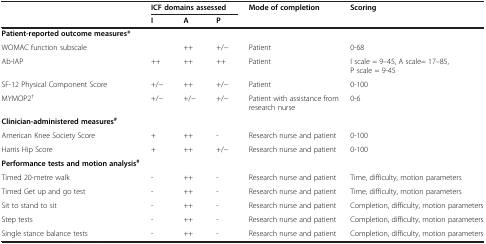
<table><thead><tr><td><b> </b></td><td colspan="3"><b>ICF domains assessed</b></td><td><b>Mode of completion</b></td><td><b>Scoring</b></td></tr><tr><td><b> </b></td><td><b>I</b></td><td><b>A</b></td><td><b>P</b></td><td><b> </b></td><td><b> </b></td></tr></thead><tbody><tr><td><b>Patient-reported outcome measures*</b></td><td> </td><td> </td><td> </td><td> </td><td> </td></tr><tr><td>WOMAC function subscale</td><td> </td><td>++</td><td>+/−</td><td>Patient</td><td>0-68</td></tr><tr><td>Ab-IAP</td><td>++</td><td>++</td><td>++</td><td>Patient</td><td>I scale = 9–45, A scale= 17–85, P scale = 9-45</td></tr><tr><td>SF-12 Physical Component Score</td><td>+/−</td><td>++</td><td>+/−</td><td>Patient</td><td>0-100</td></tr><tr><td>MYMOP2<sup>†</sup></td><td>+/−</td><td>+/−</td><td>+/−</td><td>Patient with assistance from research nurse</td><td>0-6</td></tr><tr><td><b>Clinician-administered measures</b><sup><b>#</b></sup></td><td> </td><td> </td><td> </td><td> </td><td> </td></tr><tr><td>American Knee Society Score</td><td>+</td><td>++</td><td>-</td><td>Research nurse and patient</td><td>0-100</td></tr><tr><td>Harris Hip Score</td><td>+</td><td>++</td><td>+/−</td><td>Research nurse and patient</td><td>0-100</td></tr><tr><td><b>Performance tests and motion analysis</b><sup><b>#</b></sup></td><td> </td><td> </td><td> </td><td> </td><td> </td></tr><tr><td>Timed 20-metre walk</td><td>-</td><td>++</td><td>-</td><td>Research nurse and patient</td><td>Time, difficulty, motion parameters</td></tr><tr><td>Timed Get up and go test</td><td>-</td><td>++</td><td>-</td><td>Research nurse and patient</td><td>Time, difficulty, motion parameters</td></tr><tr><td>Sit to stand to sit</td><td>-</td><td>++</td><td>-</td><td>Research nurse and patient</td><td>Completion, difficulty, motion parameters</td></tr><tr><td>Step tests</td><td>-</td><td>++</td><td>-</td><td>Research nurse and patient</td><td>Completion, difficulty, motion parameters</td></tr><tr><td>Single stance balance tests</td><td>-</td><td>++</td><td>-</td><td>Research nurse and patient</td><td>Completion, difficulty, motion parameters</td></tr></tbody></table>